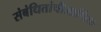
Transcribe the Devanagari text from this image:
संबंधितांचीआर्थिक